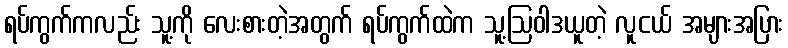
ရပ်ကွက်ကလည်း သူ့ကို လေးစားတဲ့အတွက် ရပ်ကွက်ထဲက သူ့ဩဝါဒယူတဲ့ လူငယ် အများအပြား